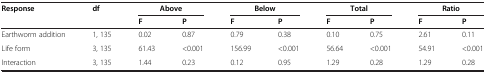
<table><thead><tr><td><b>Response</b></td><td><b>df</b></td><td colspan="2"><b>Above</b></td><td colspan="2"><b>Below</b></td><td colspan="2"><b>Total</b></td><td colspan="2"><b>Ratio</b></td></tr><tr><td><b> </b></td><td><b> </b></td><td><b>F</b></td><td><b>P</b></td><td><b>F</b></td><td><b>P</b></td><td><b>F</b></td><td><b>P</b></td><td><b>F</b></td><td><b>P</b></td></tr></thead><tbody><tr><td>Earthworm addition</td><td>1, 135</td><td>0.02</td><td>0.87</td><td>0.79</td><td>0.38</td><td>0.10</td><td>0.75</td><td>2.61</td><td>0.11</td></tr><tr><td>Life form</td><td>3, 135</td><td>61.43</td><td>&lt;0.001</td><td>156.99</td><td>&lt;0.001</td><td>56.64</td><td>&lt;0.001</td><td>54.91</td><td>&lt;0.001</td></tr><tr><td>Interaction</td><td>3, 135</td><td>1.44</td><td>0.23</td><td>0.12</td><td>0.95</td><td>1.29</td><td>0.28</td><td>1.29</td><td>0.28</td></tr></tbody></table>